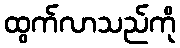
ထွက်လာသည်ကို